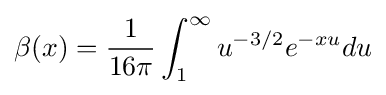
\beta (x)={\frac {1}{16\pi }}\int _{1}^{\infty }u^{-3/2}e^{-xu}du